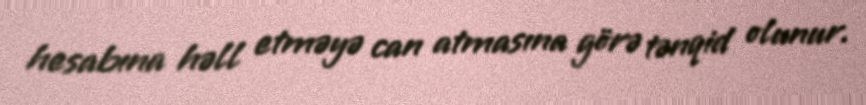
hesabına həll etməyə can atmasına görə tənqid olunur.